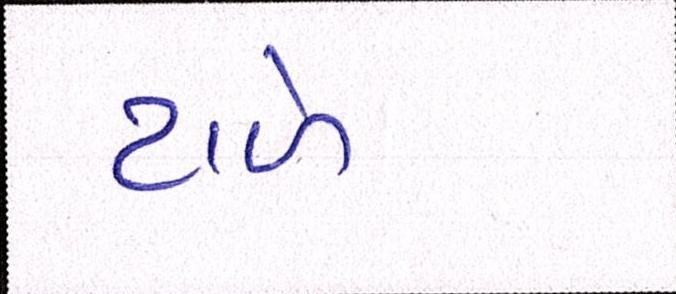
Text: ટાળે